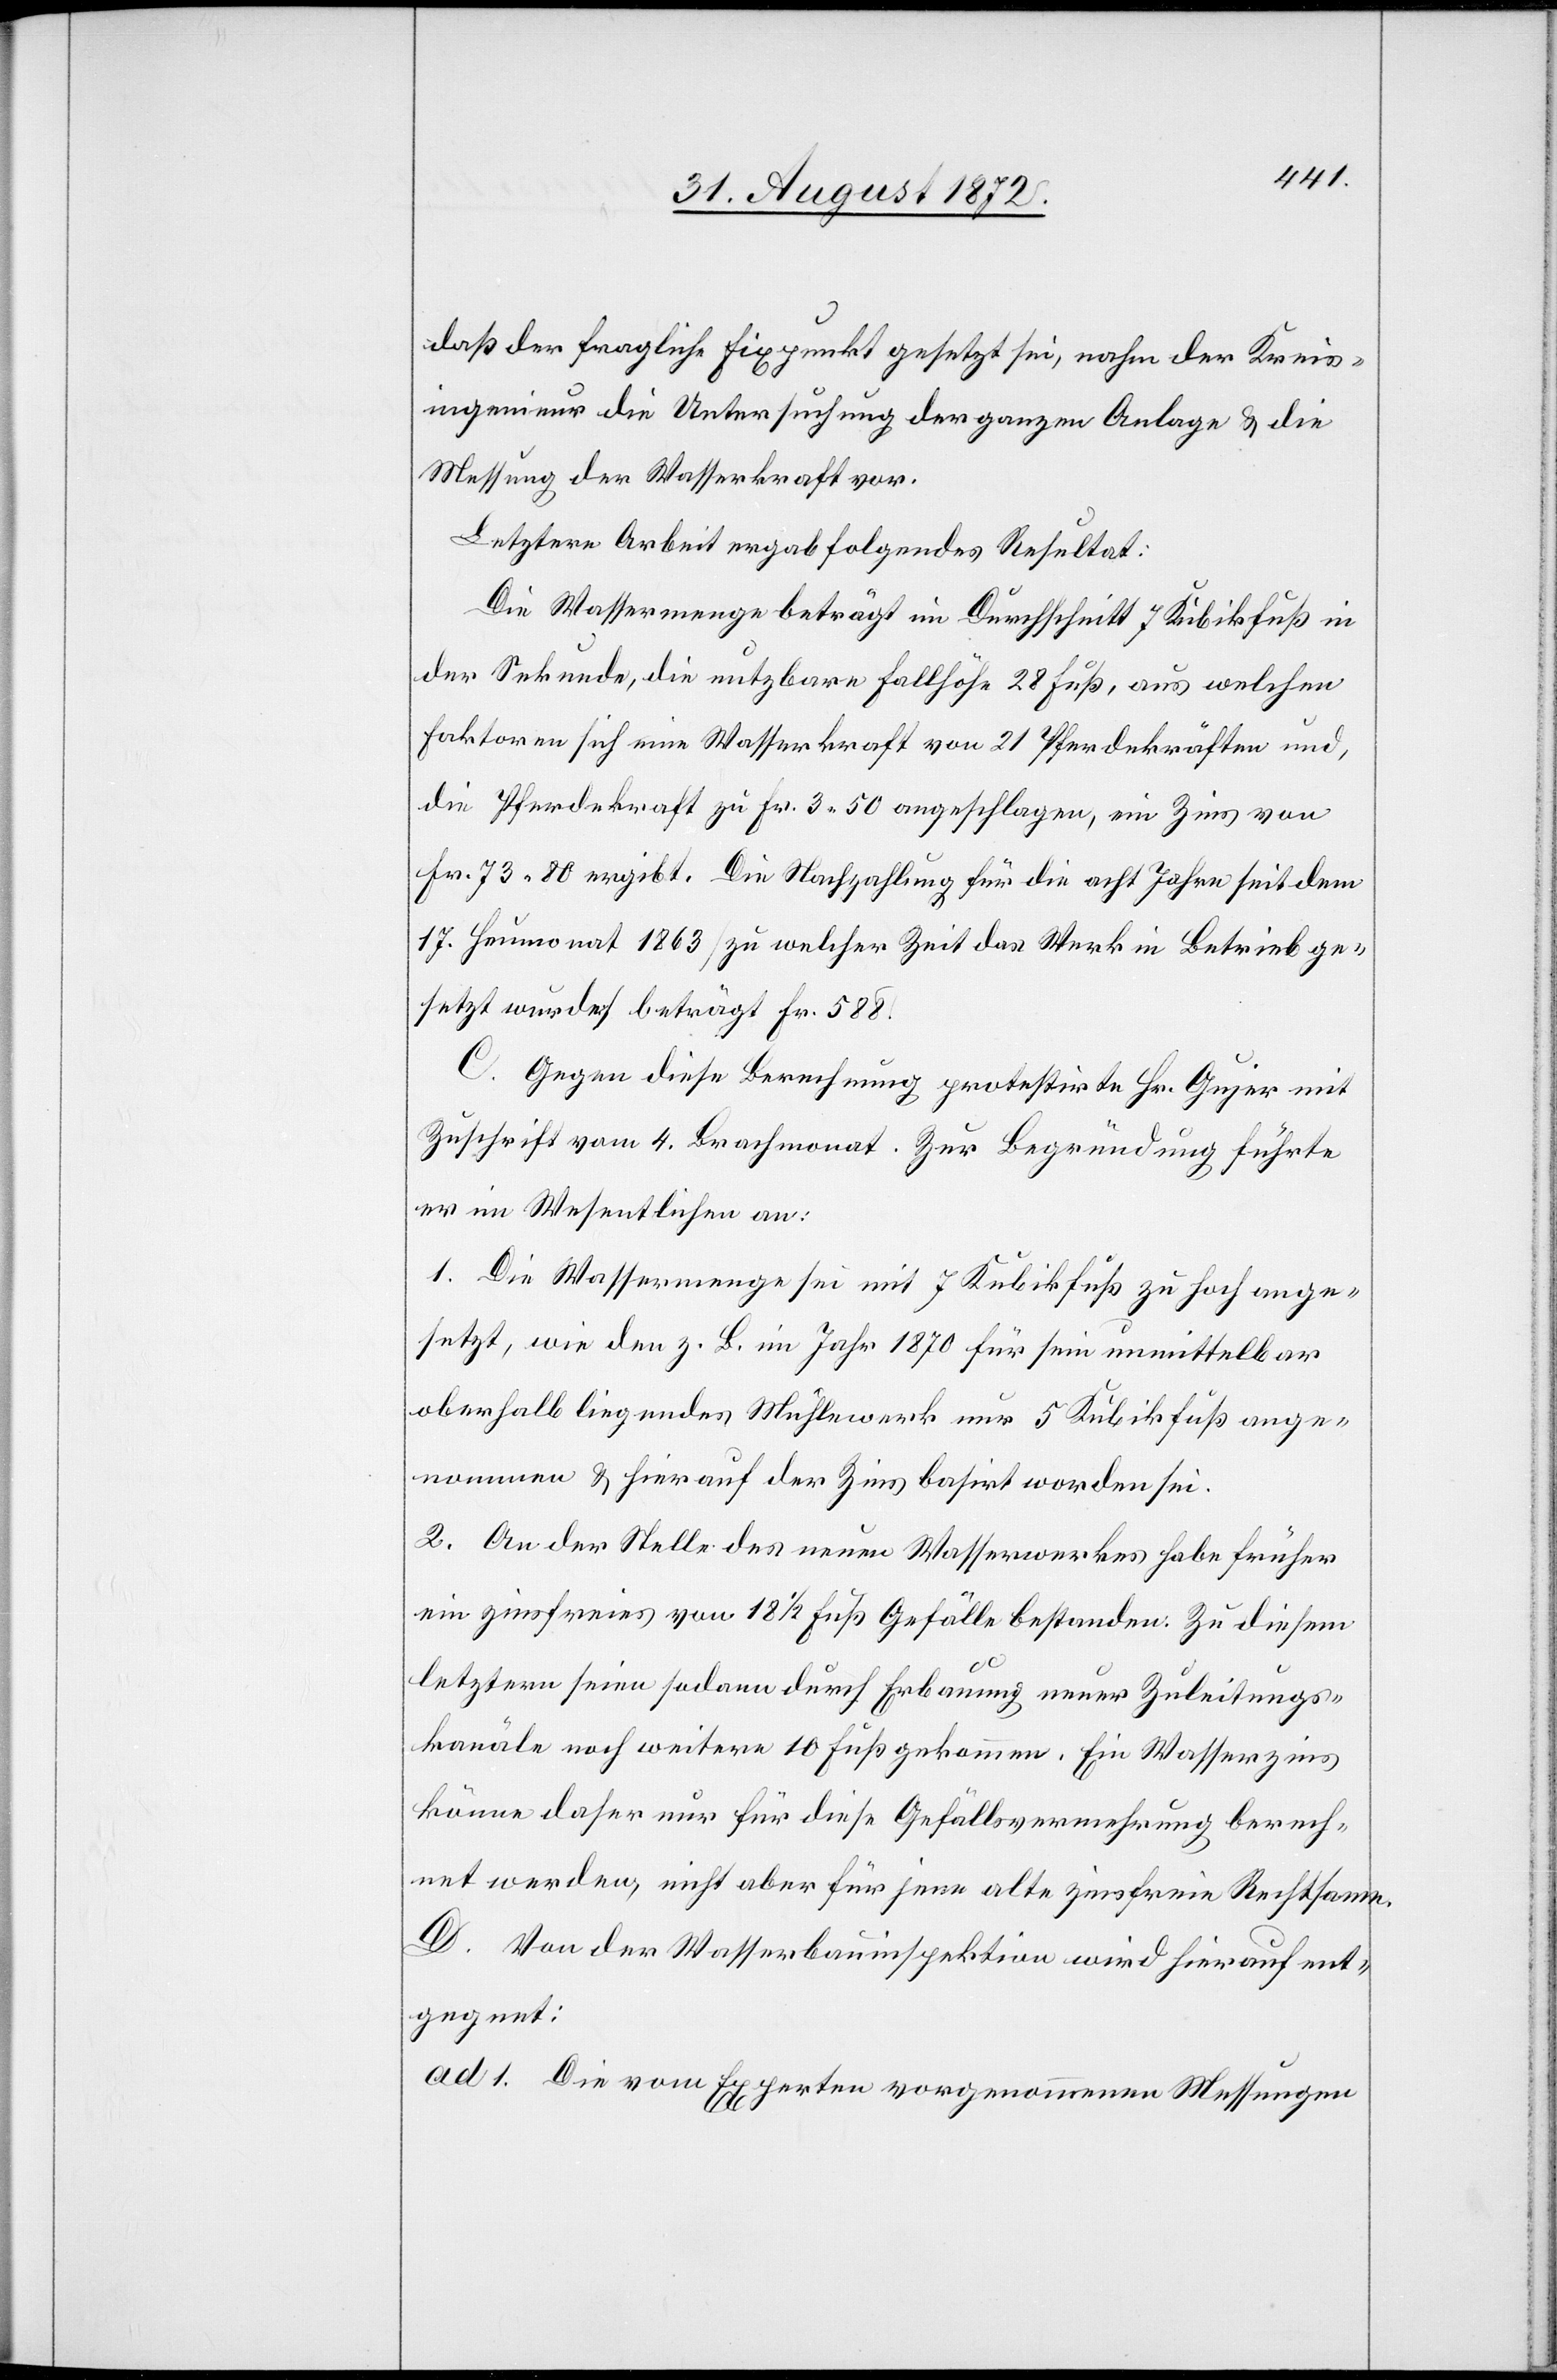
daß der fragliche Fixpunkt gesetzt sei, nahm der Kreis¬
ingenieur die Untersuchung der ganzen Anlage u. die
Messung der Wasserkraft vor.
Letztere Arbeit ergab folgendes Resultat:
Die Wassermenge beträgt im Durchschnitt 7 Kubikfuß in
der Sekunde, die nutzbare Fallhöhe 28 Fuß, aus welchen
Faktoren sich eine Wasserkraft von 21 Pferdekräften und,
die Pferdekraft zu Fr. 3 50 angeschlagen, ein Zins von
Fr. 73 80 ergibt. Die Nachzahlung für die acht Jahre seit dem
17. Heumonat 1863 [zu welcher Zeit das Werk in Betrieb ge¬
setzt wurde] beträgt Fr. 588.
C. Gegen diese Berechnung protestirt Hr. Gujer mit
Zuschrift vom 4. Brachmonat. Zur Begründung führte
er im Wesentlichen an:
1. Die Wassermenge sei mit 7 Kubikfuß zu hoch ange¬
setzt, wie den z. B. im Jahr 1870 für sein unmittelbar
oberhalb liegendes Mühlwerk nur 5 Kubikfuß ange¬
nommen u. hierauf der Zins basirt worden sei.
2. An der Stelle des neuen Wasserwerkes habe früher
ein zinsfreies von 18 1/2 Fuß Gefälle bestanden. Zu diesem
letztern seien sodann durch Erbauung neuer Zuleitungs¬
kanäle daher nur für diese Gefällsvermehrung berech¬
net werden, nicht aber für jene alte zinsfreie Rechtsame.
D. Von der Wasserbauinspektion wird hierauf ent¬
gegnet:
ad 1. Die vom Experten vorgenommenen Messungen